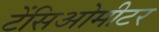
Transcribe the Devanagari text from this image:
टेंसिओमीटर